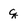
Character: q